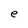
Character: e